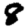
Digit: 8